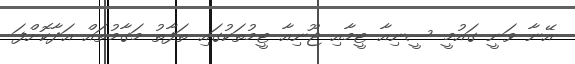
އޭނާ ވަނީ ގައުމީ ސީނިއާ ޓީމާއި ޖޫނިއާ ޓީމުތަކުގައި ތަފާތު މަގާމުތައް އަދާކޮށްފަ